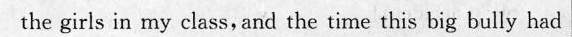
the girle in rmy claassarxd the time this big hully had